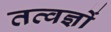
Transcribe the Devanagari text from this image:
तत्वज्ञों